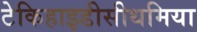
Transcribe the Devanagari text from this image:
टेकिहाइडीसीथमिया